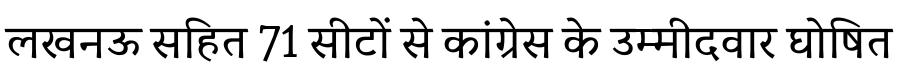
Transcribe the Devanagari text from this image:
लखनऊ सहित 71 सीटों से कांग्रेस के उम्मीदवार घोषित